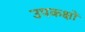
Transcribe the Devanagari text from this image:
उपकक्षों